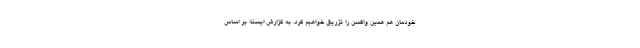
خودمان هم همین واکسن را تزریق خواهیم کرد. به گزارش ایسنا، بر اساس